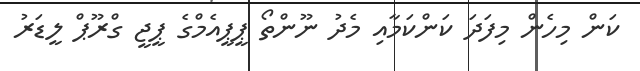
ކަން މިހެން މިފަދަ ކަންކަމާއި މެދު ނޫންތޯ ޕީޕީއެމްގެ ޕީޖީ ގްރޫޕް ލީޑަރު